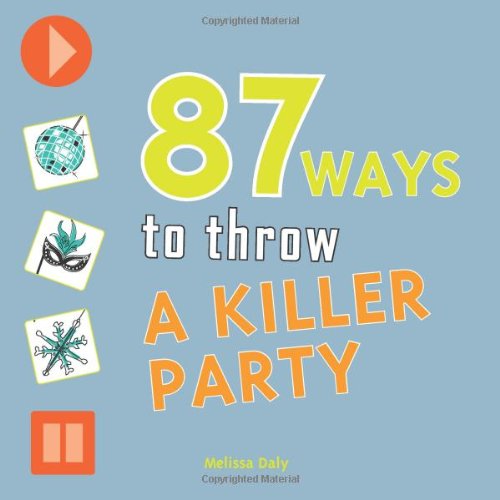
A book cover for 87 Ways to Throw a Killer Party; Melissa Daly; Teen & Young Adult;